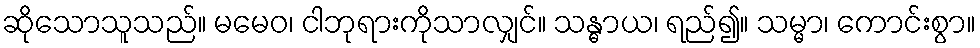
ဆိုသောသူသည်။ မမေဝ၊ ငါဘုရားကိုသာလျှင်။ သန္ဓာယ၊ ရည်၍။ သမ္မာ၊ ကောင်းစွာ။